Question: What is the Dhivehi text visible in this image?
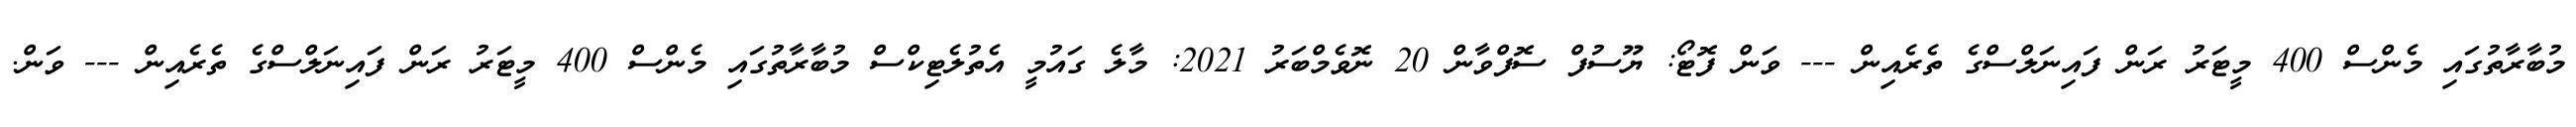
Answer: މުބާރާތުގައި މެންސް 400 މީޓަރު ރަން ފައިނަލްސްގެ ތެރެއިން --- ވަން ފޮޓޯ: ޔޫސުފް ސޮފްވާން 20 ނޮވެމްބަރު 2021: މާލެ ގައުމީ އެތުލެޓިކްސް މުބާރާތުގައި މެންސް 400 މީޓަރު ރަން ފައިނަލްސްގެ ތެރެއިން --- ވަން.